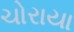
ચોરાયા